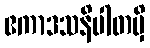
ဧကာဒသနိပါတမှိ